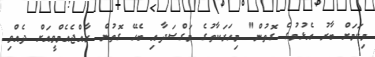
މިކަމަށް ބާރު އެޅުމުގެ ގޮތުން" މިހަރަކާތުގެ މަގްސަދާއި ބެހޭ ގޮތުން ރާއްޖެއެމްވީއަށް ދެއްވި